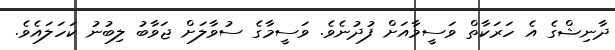
ދާނިޝްގެ އެ ހަރަކާތްް ވަސީމާއަށް ފުދުނެވެ. ވަސީމާގެ ސުވާލަށް ޖަވާބު ލިބުނު ކަހަލައެވެ.